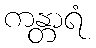
ကန္တာရံ